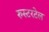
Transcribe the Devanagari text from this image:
रुस्टरटेल